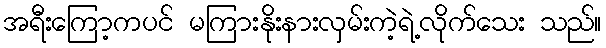
အရီးကြော့ကပင် မကြားနိုးနားလှမ်းကဲ့ရဲ့လိုက်သေး သည်။